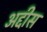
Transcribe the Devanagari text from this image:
अद्दीस